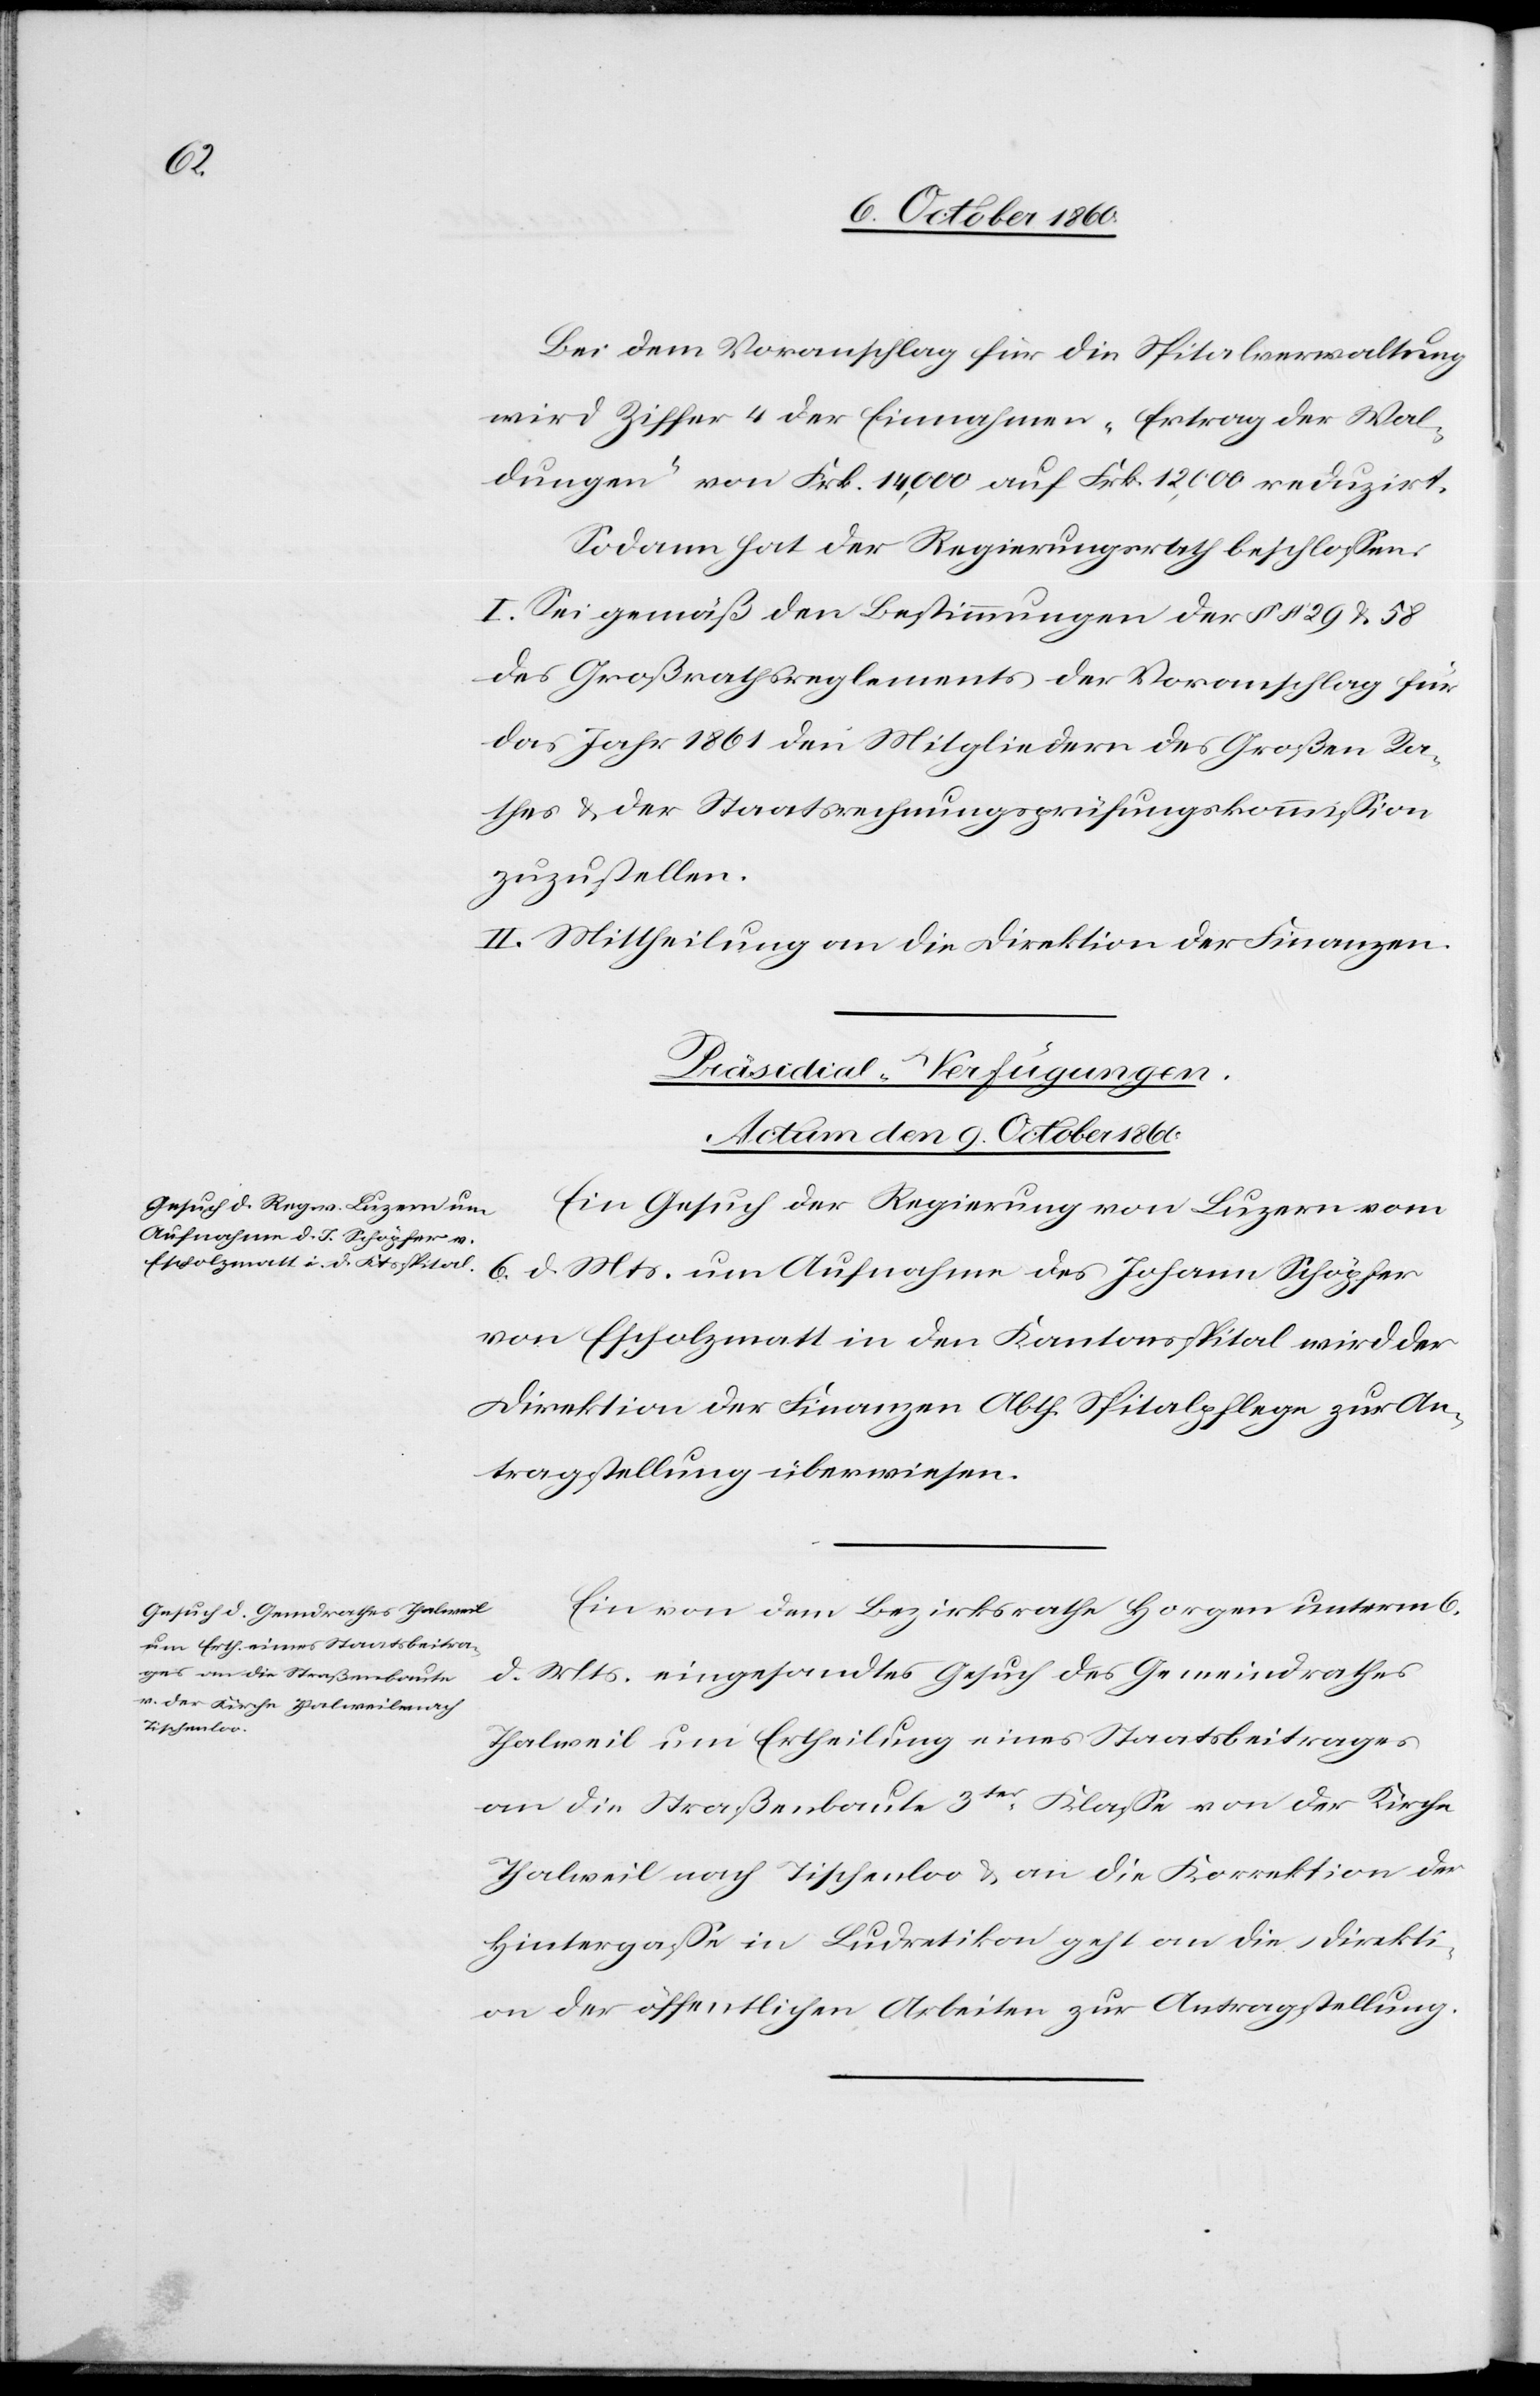
Bei dem Voranschlag für die Spitalverwaltung
wird Ziffer 4 der Einnahmen „Ertrag der Wal¬
dungen“ von Frk. 14,000 auf Frk. 12,000 reduzirt.
Sodann hat der Regierungsrath beschlossen:
I. Sei gemäß den Bestimmungen der §§ 29 u. 58
des Großrathsreglements der Voranschlag für
das Jahr 1861 den Mitgliedern des Großen Ra¬
thes u. der Staatsrechnungsprüfungskommission
zuzustellen.
II. Mittheilung an die Direktion der Finanzen.
[Präsidial-Verfügungen.
Actum den 9. October 1860.]
Ein Gesuch der Regierung von Luzern vom
6. d. Mts. um Aufnahme des Johann Schöpfer
von Escholzmatt in den Kantonsspital wird der
Direktion der Finanzen Abth. Spitalpflege zur An¬
tragstellung überwiesen.
Ein von dem Bezirksrathe Horgen unterm 6.
d. Mts. eingesandtes Gesuch des Gemeindrathes
Thalweil um Ertheilung eines Staatsbeitrages
an die Straßenbaute 3ter Klasse von der Kirche
Thalweil nach Tischenloo u. an die Korrektion der
Hintergasse in Ludretikon geht an die Direkti¬
on der öffentlichen Arbeiten zur Antragstellung.